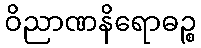
ဝိညာဏနိရောဓဉ္စ